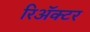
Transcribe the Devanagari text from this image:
रिअॅक्टर